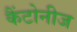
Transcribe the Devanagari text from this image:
कैंटोनीज